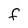
Character: F